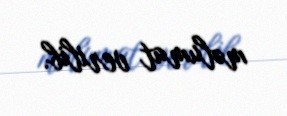
məlumat verilib.